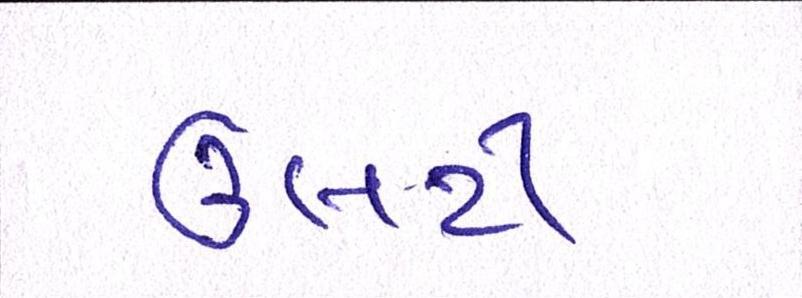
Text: ઉલટી